Report on vaccination in Madras 1904-1921 - 1904-1921
Year: 1904
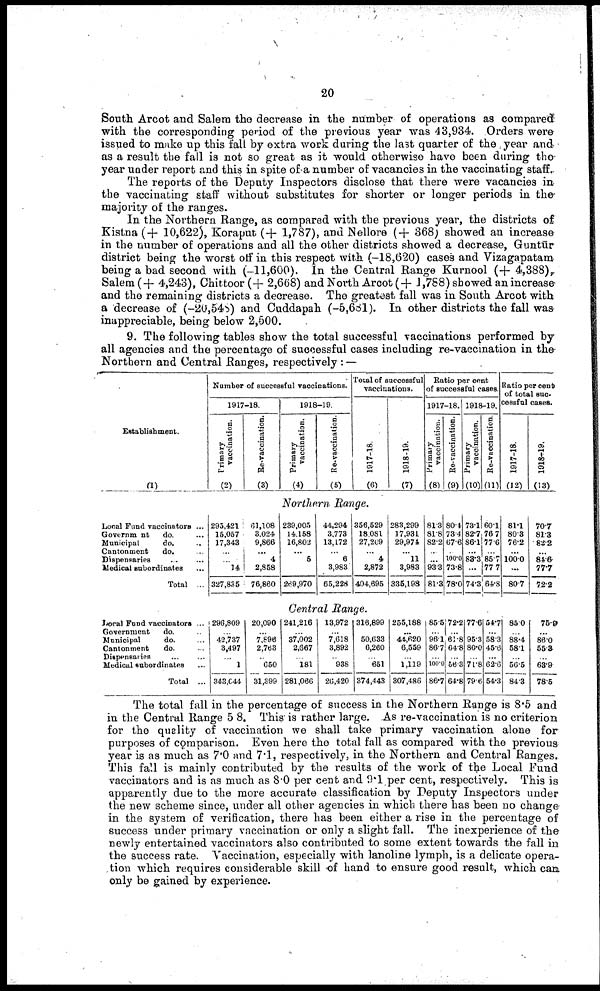
20
South Arcot and Salem the decrease in the number of operations as compared
with the corresponding period of the previous year was 43,934. Orders were
issued to make up this fall by extra work during the last quarter of the , year and
as a result the fall is not so great as it would otherwise have been during the
year under report and this in spite of a number of vacancies in the vaccinating staff.
The reports of the Deputy Inspectors disclose that there were vacancies in
the vaccinating staff without substitutes for shorter or longer periods in the
majority of the ranges.
In the Northern Range, as compared with the previous year, the districts of
Kistna (+ 10,622), Koraput (+ 1,787), and Nellore (+ 368) showed an increase
in the number of operations and all the other districts showed a decrease, Guntūr
district being the worst off in this respect with (-18,620) cases and Vizagapatam
being a bad second with (-11,600). In the Central Range Kurnool (+ 4,388),
Salem (+ 4,243), Chittoor (+ 2,668) and North Arcot (+ 1 ,788) showed an increase
and the remaining districts a decrease. The greatest fall was in South Arcot with
a decrease of (-20,548) and Cuddapah (-5,681). In other districts the fall was
inappreciable, being below 2,500.
9. The following tables show the total successful vaccinations performed by
all agencies and the percentage of successful cases including re-vaccination in the
Northern and Central Ranges, respectively: —
The total fall in the percentage of success in the Northern Range is 8.5 and
in the Central Range 5 8. This is rather large. As re-vaccination is no criterion
for the quality of vaccination we shall take primary vaccination alone for
purposes of comparison. Even here the total fall as compared with the previous
year is as much as 7.0 and 7.1, respectively, in the Northern and Central Ranges.
This fall is mainly contributed by the results of the work of the Local Fund
vaccinators and is as much as 8.0 per cent and 9.1 per cent, respectively. This is
apparently due to the more accurate classification by Deputy Inspectors under
the new scheme since, under all other agencies in which there has been no change
in the system of verification, there has been either a rise in the percentage of
success under primary vaccination or only a slight fall. The inexperience of the
newly entertained vaccinators also contributed to some extent towards the fall in
the success rate. Vaccination, especially with lanoline lymph, is a delicate opera
tion which requires considerable skill of hand to ensure good result, which can
only be gained by experience.
Establishment.
(1)
Number of successful vaccinations.
1917-18.
Primary
vaccination.
(2)
Re-vaccination.
(3)
1918-19.
Primary
vaccination.
(4)
Re- vaccination.
(5)
Total of successful
vaccinations.
1917-18.
(6)
1918-19.
(7)
Ratio per cent
of successful cases.
1917-18.
Primary
vaccination.
(8)
Re-vaccination.
(9)
1918-19.
Primary
vaccination.
(10)
Re-vaccination.
(11)
Ratio per cent
of total suc-
cessful cases.
1917-18.
(12)
1918-19.
(13)
Northern Range.
Local Fund vaccinators ...
Government
do. ...
Municipal
do. ..
Cantonment
do. ...
Dispensaries... ...
Medical subordinates...
Total ...
293,421
15,057
17,343
...
...
14
327,835
61,108
3,024
9,866
...
4
2,858
76,860
239,005
14,158
16,802
...
5
...
269,970
44,294
3,773
13,172
... 6
3,983
65,228
356,529
18,081
27,209
...
4
2,872
404,695
283,299
17,931
29,974
...
11
3,983
335,198
81.3
81.8
82.2
...
...
93.3
81.3
80.4
73.4
67.6
... 100.0
73.8
78.0
73.1
82.7
86.1
...
83.3
...
74.3
60.1
76.7
77.6
...
85.7
77.7
64.8
81.1
80.3
76.2
...
100.0
...
80.7
70.7
81.3
83.2
...
84.6
77.7
72.2
Central Range.
Local Fund vaccinators ...
Government do.
Municipal
do. ...
Cantonment
do. ...
Dispensaries...
Medical subordinates...
Total ...
296,809
...
42,737
3,497
...
1
343,044
20,090
...
7,896
2,763
...
650
31,399
241,216
...
37,002
2,667
...
181
281,066
13,972
...
7,618
3,892
...
938
26,420
316,899
...
50,633
6,260
...
651
374,443
255,188
...
44,620
6,559
...
1,119
307,486
85.5
...
96.1
86.7
...
100.0
86.7
72.2
...
61.8
64.8
...
56.3
64.8
77.6
...
95.3
80.0
...
71.8
79.6
54.7
...
58.3
45.6
...
62.6
54.3
85.0
...
88.4
58.1
...
56.5
84.3
75.9
...
86.0
55.3
...
63.9
78.5